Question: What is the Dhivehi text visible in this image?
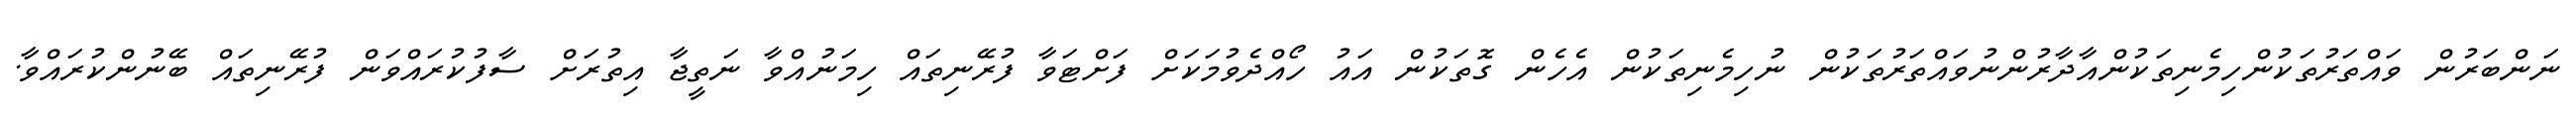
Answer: ނަންބަރުން ވައްތަރުތަކުންހިމެނިތަކުންއާދާރުންނުވައްތަރުތަކުން ނުހިމެނިތަކުން އެހެން ގޮތަކުން އައު ހޯއްދެވުމަކަށް ފަށްޓަވާ ފުރޭނިތައް ހިމަނުއްވާ ނަތީޖާ އިތުރަށް ސާފުކުރައްވަން ފުރޭނިތައް ބޭނުންކުރައްވާ.